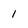
Character: 1